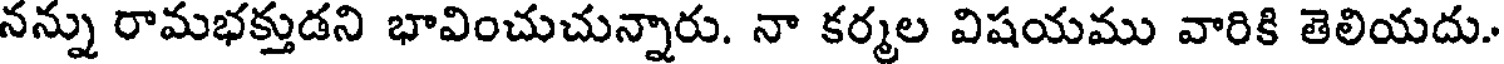
నన్ను రామభక్తుడని భావించుచున్నారు. నా కర్మల విషయము వారికి తెలియదు.